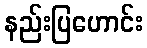
နည်းပြဟောင်း